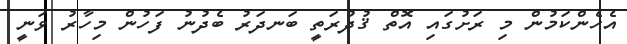
އެހެންކަމުން މި ރަށުގައި އޮތް ޤުދުރަތީ ބަނދަރު ބެދުނު ފަހުން މިހާރު ވަނީ